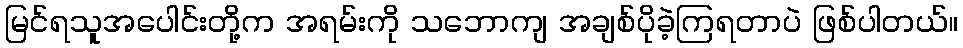
မြင်ရသူအပေါင်းတို့က အရမ်းကို သဘောကျ အချစ်ပိုခဲ့ကြရတာပဲ ဖြစ်ပါတယ်။